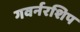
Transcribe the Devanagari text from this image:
गवर्नरशिप